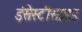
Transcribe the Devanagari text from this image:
इंसेस्टीसाइड